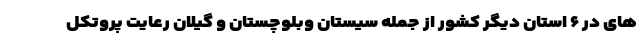
های در ۶ استان دیگر کشور از جمله سیستان وبلوچستان و گیلان رعایت پروتکل